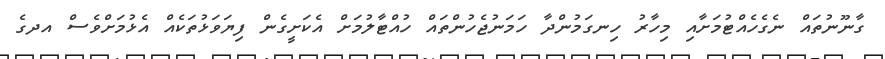
ގާނޫނުތައް ނެގެހެއްޓުމަށާއި މިހާރު ހިނގަމުންދާ ހަަމަނުޖެހުންތައް ހުއްޓާލުމަށް އެކަށީގެން ފިޔަވަޅުތަކެއް އެޅުމަށްވެސް އދގެ